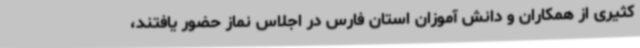
کثیری از همکاران و دانش آموزان استان فارس در اجلاس نماز حضور یافتند،